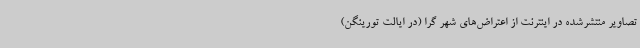
تصاویر منتشرشده در اینترنت از اعتراض‌های شهر گرا (در ایالت تورینگن)